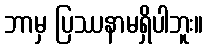
ဘာမှ ပြဿနာမရှိပါဘူး။